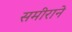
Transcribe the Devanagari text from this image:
समीराने